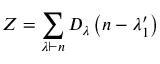
Z = \sum _ { \lambda \vdash n } D _ { \lambda } \left( n - \lambda _ { 1 } ^ { \prime } \right)